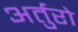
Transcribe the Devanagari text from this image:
अर्तुरो